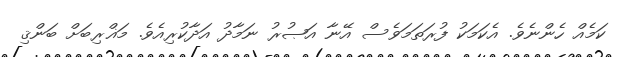
ކަމެއް ހެންނެވެ. އެކަމަކު ފުރަތަމަވެސް އޭނާ އަޞުރު ނަމާދު އަދާކުރިއެވެ. މަޣްރިބަށް ބަންޤި